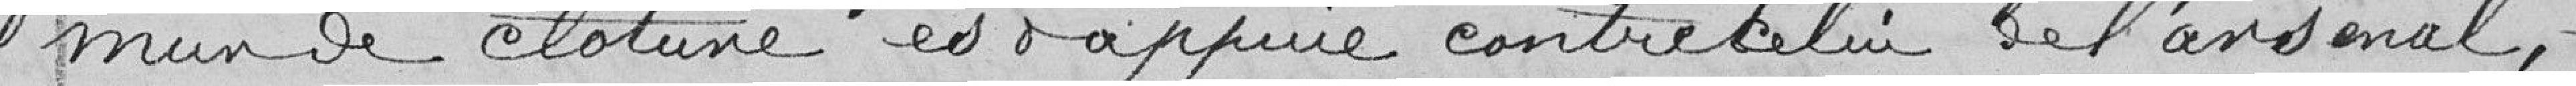
monde clôture est appuyé contre celui de l'Arsenal.